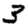
Digit: 3